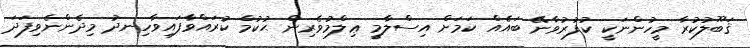
ޤަބޫލުކުރާ މީހުންނަކީ ކުފުރުވާނޭ ބައެއް ކަމަށް އިސްލާމީ ޢިލްމުވެރިން ޙުކުމް ކުރައްވާފައިވާހިނދު މިދެންނެވިފަދަ